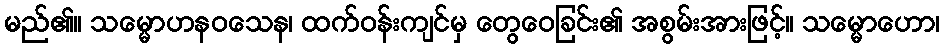
မည်၏။ သမ္မောဟနဝသေန၊ ထက်ဝန်းကျင်မှ တွေဝေခြင်း၏ အစွမ်းအားဖြင့်။ သမ္မောဟော၊